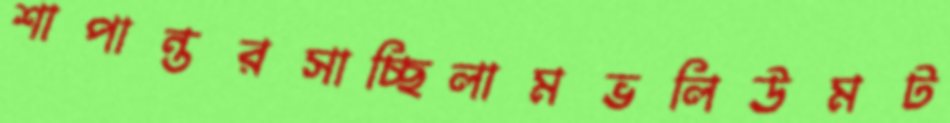
শাপান্তরসাচ্ছিলামভলিউমট